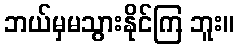
ဘယ်မှမသွားနိုင်ကြ ဘူး။